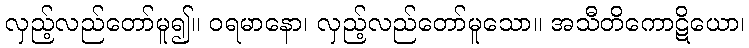
လှည့်လည်တော်မူ၍။ ဝရမာနော၊ လှည့်လည်တော်မူသော။ အသီတိကောဋိယော၊